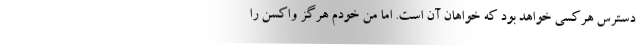
دسترس هرکسی خواهد بود که خواهان آن است. اما من خودم هرگز واکسن را